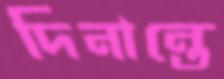
দিনান্তে